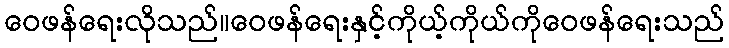
ဝေဖန်ရေးလိုသည်။ဝေဖန်ရေးနှင့်ကိုယ့်ကိုယ်ကိုဝေဖန်ရေးသည်